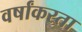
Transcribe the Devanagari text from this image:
वर्षांकरता